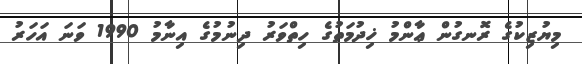
މިޔުޒިކުގެ ރޮނގުން ޢާންމު ޚިދުމަތުގެ ހިތްވަރު ދިނުމުގެ އިނާމު 1990 ވަނަ އަހަރު